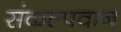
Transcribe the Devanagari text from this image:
संकल्पवान